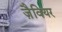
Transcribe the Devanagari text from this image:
ज़ैवियर